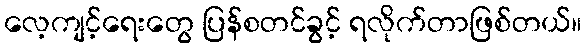
လေ့ကျင့်ရေးတွေ ပြန်စတင်ခွင့် ရလိုက်တာဖြစ်တယ်။